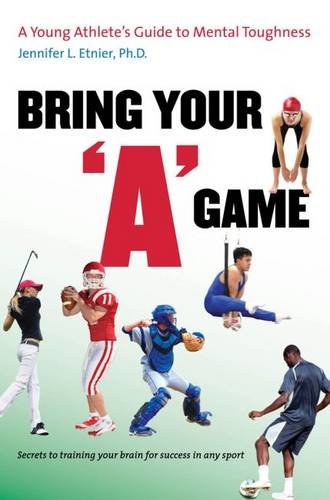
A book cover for Bring Your "A" Game: A Young Athlete's Guide to Mental Toughness; Jennifer L. Etnier; Sports & Outdoors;